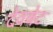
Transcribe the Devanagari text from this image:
देवबेट